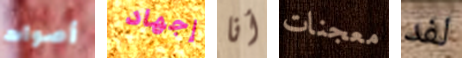
أصوات إجهاد أنا معجنات لفد